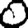
Digit: 0